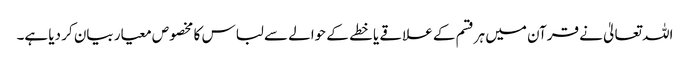
اللہ تعالیٰ نے قرآن میں ہرقسم کے علاقے یا خطے کے حوالے سے لباس کا مخصوص معیار بیان کر دیا ہے۔